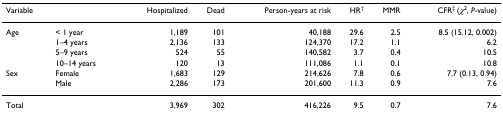
| Variable |  | Hospitalized | Dead | Person-years at risk | HR† | MMR | CFR‡ (χ2, P-value) |
 | --- | --- | --- | --- | --- | --- | --- | --- |
 | Age | < 1 year | 1,189 | 101 | 40,188 | 29.6 | 2.5 | 8.5 (15.12, 0.002) |
 |  | 1–4 years | 2,136 | 133 | 124,370 | 17.2 | 1.1 | 6.2 |
 |  | 5–9 years | 524 | 55 | 140,582 | 3.7 | 0.4 | 10.5 |
 |  | 10–14 years | 120 | 13 | 111,086 | 1.1 | 0.1 | 10.8 |
 | Sex | Female | 1,683 | 129 | 214,626 | 7.8 | 0.6 | 7.7 (0.13, 0.94) |
 |  | Male | 2,286 | 173 | 201,600 | 11.3 | 0.9 | 7.6 |
 | Total |  | 3,969 | 302 | 416,226 | 9.5 | 0.7 | 7.6 |